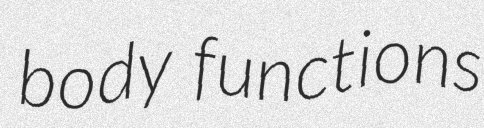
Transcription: body functions